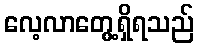
လေ့လာတွေ့ရှိရသည်